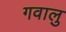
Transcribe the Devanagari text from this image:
गवालु